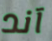
آند